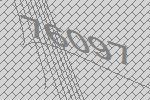
76097